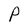
Character: P